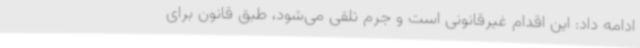
ادامه داد: این اقدام غیرقانونی است و جرم تلقی می‌شود، طبق قانون برای